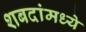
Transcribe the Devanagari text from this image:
शबदांमध्ये